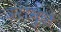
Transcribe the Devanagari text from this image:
वरांमुळे